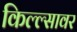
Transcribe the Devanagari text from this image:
किल्ल्सावर